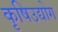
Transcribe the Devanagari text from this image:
कृषिउद्योग